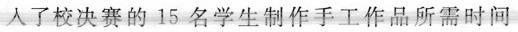
人了校决赛的15名学生制作手工作品所需时间